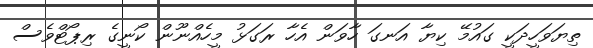
ތިޔަވަހީދަކީ ގައުމޭ ކިޔާ އަނގަ ހާވަން އެހާ ރަގަޅު މީހެއްނޫން ކޯނީގެ ރިޕޯޓްވެސް